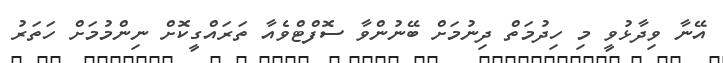
އޭނާ ވިދާޅުވީ މި ހިދުމަތް ދިނުމަށް ބޭނުންވާ ސޮފްޓްވެއާ ތަރައްގީކޮށް ނިންމުމަށް ހަތަރު